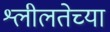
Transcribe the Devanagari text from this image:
श्लीलतेच्या